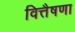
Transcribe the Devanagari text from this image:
वित्तैषणा